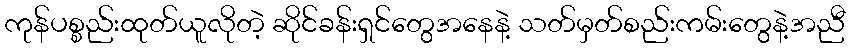
ကုန်ပစ္စည်းထုတ်ယူလိုတဲ့ ဆိုင်ခန်းရှင်တွေအနေနဲ့ သတ်မှတ်စည်းကမ်းတွေနဲ့အညီ